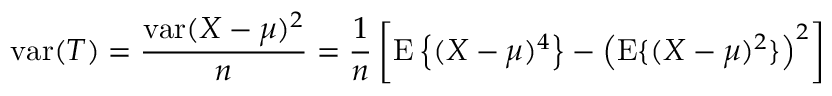
\operatorname { v a r } ( T ) = { \frac { \operatorname { v a r } ( X - \mu ) ^ { 2 } } { n } } = { \frac { 1 } { n } } \left[ \operatorname { E } \left\{ ( X - \mu ) ^ { 4 } \right\} - \left( \operatorname { E } \{ ( X - \mu ) ^ { 2 } \} \right) ^ { 2 } \right]